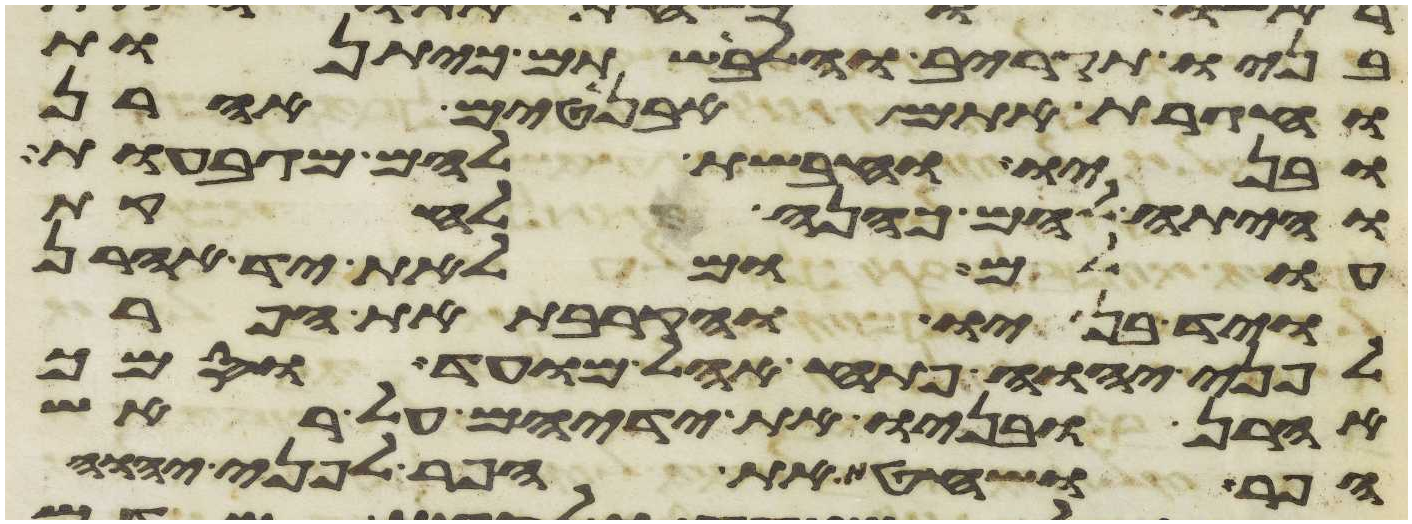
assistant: בניו תקריב והלבשתם כיתנות
וחגרת אתם אבניטים אהרן
ובניו וחבשת להם מגבעות
והיתה להם כהנה לחקת
עולם ומלאת יד אהרן
ויד בניו והקרבת את הפר
לפני יהוה פתח אהל מועד וסמך
אהרן ובניו את ידיהם על ראש
הפר ושחט את הפר לפני יהוה